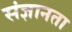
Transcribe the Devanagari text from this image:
संज्ञानता